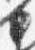
中